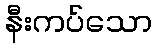
နီးကပ်သော